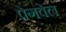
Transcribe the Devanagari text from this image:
पेगवेल